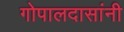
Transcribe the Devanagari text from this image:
गोपालदासांनी